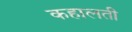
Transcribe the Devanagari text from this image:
कहालती